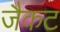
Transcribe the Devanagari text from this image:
जैकट